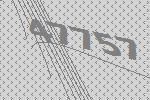
47757